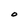
Character: O